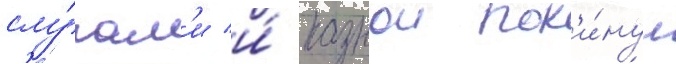
слу́гам'и и́ казнои пок'и́нул